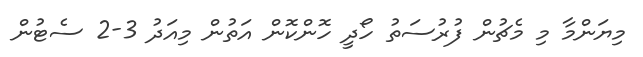
މިޔަންމާ މި މެޗުން ފުރުސަތު ހޯދީ ހޮންކޮން އަތުން މިއަދު 3-2 ސެޓުން